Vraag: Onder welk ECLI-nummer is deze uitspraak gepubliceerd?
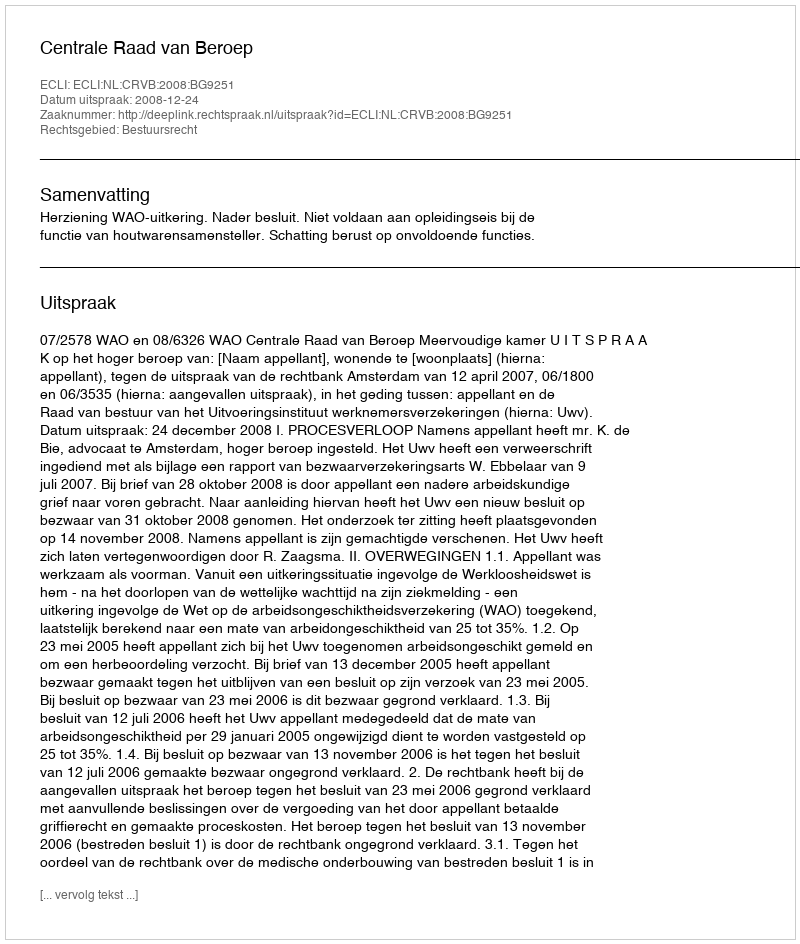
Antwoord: ECLI:NL:CRVB:2008:BG9251